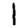
Digit: 1